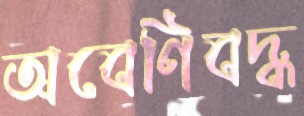
অবেণিবদ্ধ